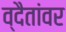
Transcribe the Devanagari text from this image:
व्दैतांवर